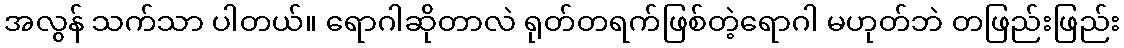
အလွန် သက်သာ ပါတယ်။ ရောဂါဆိုတာလဲ ရုတ်တရက်ဖြစ်တဲ့ရောဂါ မဟုတ်ဘဲ တဖြည်းဖြည်း